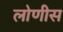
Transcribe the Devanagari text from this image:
लोणीस